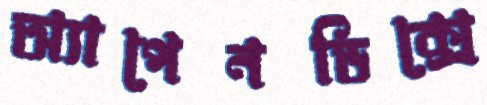
অ্যাপেনডিক্সে